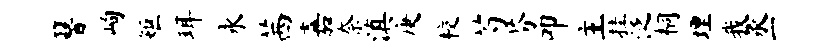
簪峋矩珥永茜嘉奈滇庚校芍芬叩主挂泛桐埋我丞